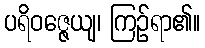
ပရိဝဇ္ဇေယျ၊ ကြဉ်ရာ၏။